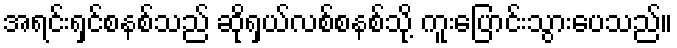
အရင်းရှင်စနစ်သည် ဆိုရှယ်လစ်စနစ်သို့ ကူးပြောင်းသွားပေသည်။